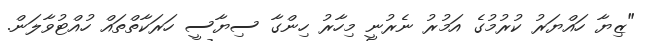
"ޒިޔާ ހައްޔަރު ކުރުމުގެ އަމުރު ނެރުނީ މިހާރު ހިންގާ ސިޔާސީ ހަރަކާތްތައް ހުއްޓުވާލަން.